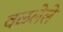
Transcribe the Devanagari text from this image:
वळलेले